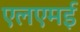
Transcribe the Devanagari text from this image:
एलएमई